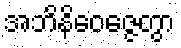
အဘိနိဝေဇ္ဇေတွာ